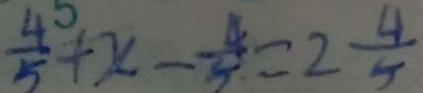
\frac { 4 } { 5 } + x - \frac { 4 } { 5 } = 2 \frac { 4 } { 5 }